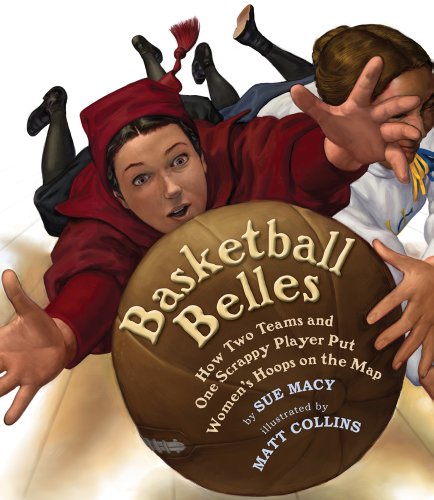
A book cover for Basketball Belles: How Two Teams and One Scrappy Player Put Women's Hoops on the Map; Sue Macy; Children's Books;